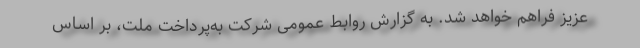
عزیز فراهم خواهد شد. به گزارش روابط عمومی شرکت به‌پرداخت ملت، بر اساس